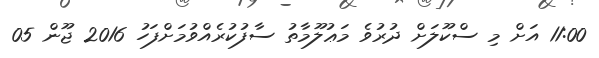
11:00 އަށް މި ސްކޫލަށް ދުރުވެ މަޢުލޫމާތު ސާފުކުރެއްވުމަށްފަހު 2016 ޖޫން 05